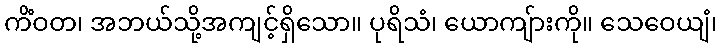
ကိံဝတ၊ အဘယ်သို့အကျင့်ရှိသော။ ပုရိသံ၊ ယောကျ်ားကို။ သေဝေယျံ၊